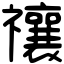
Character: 禳